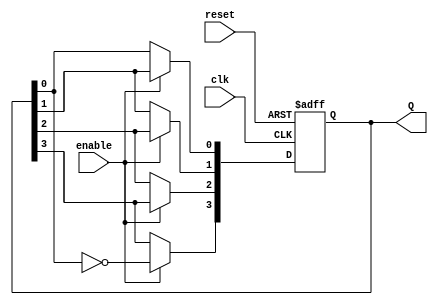
module johnson_counter (
    input wire clk,          // Clock input
    input wire reset,        // Asynchronous reset
    input wire enable,       // Enable control
    output reg [3:0] Q       // 4-bit output for the counter
);

    // Flip-flop behavior
    always @(posedge clk or posedge reset) begin
        if (reset) begin
            Q <= 4'b0000;    // Reset the counter to 0000
        end else if (enable) begin
            Q[3] <= ~Q[0];    // Feedback from the last flip-flop
            Q[2] <= Q[3];     // Shift right
            Q[1] <= Q[2];     // Shift right
            Q[0] <= Q[1];     // Shift right
        end
    end

endmodule